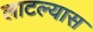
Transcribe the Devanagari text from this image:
लाटल्यास